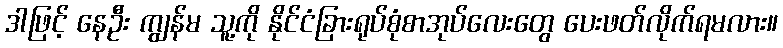
ဒါဖြင့် နေဦး ကျွန်မ သူ့ကို နိုင်ငံခြားရုပ်စုံစာအုပ်လေးတွေ ပေးဖတ်လိုက်ရမလား။